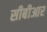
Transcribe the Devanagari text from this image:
सीबीआर